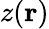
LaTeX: z(\mathbf{r})